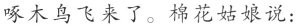
啄木鸟飞来了。棉花姑娘说：